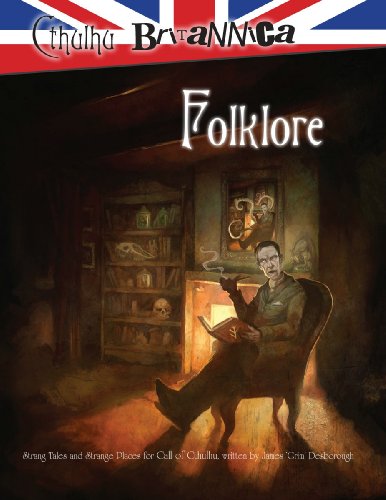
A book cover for Cthulhu Britannica Folklore (Call of Cthulhu Roleplaying); Stuart Boon; Science Fiction & Fantasy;